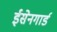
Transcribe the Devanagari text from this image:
ईसेनगार्ड